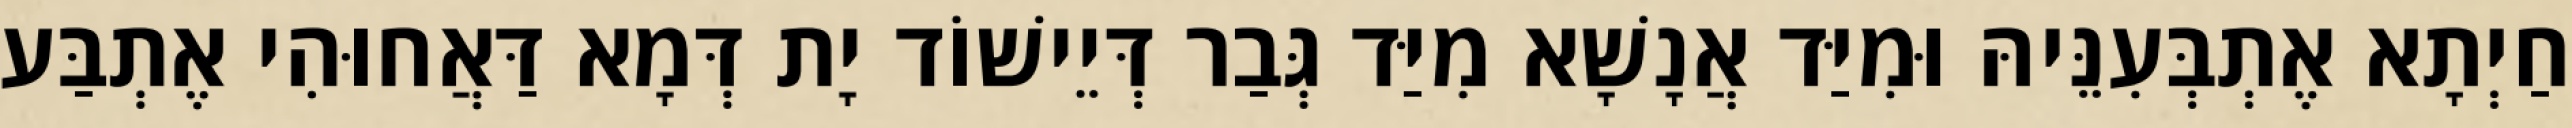
חַיְתָא אֶתְבְּעִנֵּיהּ וּמִיַּד אֲנָשָׁא מִיַּד גְּבַר דְּיֵישׁוֹד יָת דְּמָא דַּאֲחוּהִי אֶתְבַּע